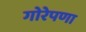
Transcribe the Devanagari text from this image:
गोरेपणा